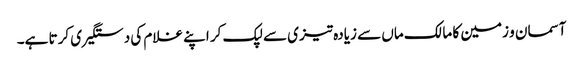
آسمان و زمین کا مالک ماں سے زیادہ تیزی سے لپک کر اپنے غلام کی دستگیری کرتا ہے۔